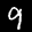
Label: 9